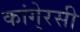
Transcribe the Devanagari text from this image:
कांगे्रसी